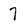
Character: 7